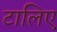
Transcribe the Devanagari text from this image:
टालिए